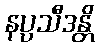
နပ္ပသီဒန္တိ